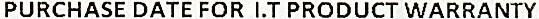
PURCHASE DATE FOR I.T PRODUCT WARRANTY